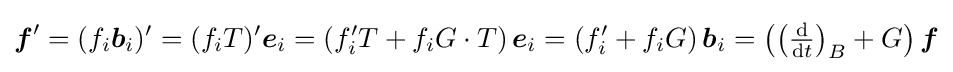
{\boldsymbol {f}}'=(f_{i}{\boldsymbol {b}}_{i})'=(f_{i}T)'{\boldsymbol {e}}_{i}=(f_{i}'T+f_{i}G\cdot T)\,{\boldsymbol {e}}_{i}=(f_{i}'+f_{i}G)\,{\boldsymbol {b}}_{i}=\left(\left({\tfrac {\mathrm {d} }{\mathrm {d} t}}\right)_{B}+G\right){\boldsymbol {f}}